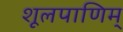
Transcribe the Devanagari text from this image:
शूलपाणिम्